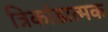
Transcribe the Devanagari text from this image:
त्रिकांडात्मक